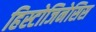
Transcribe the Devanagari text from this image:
हिस्टोजिनेसिस